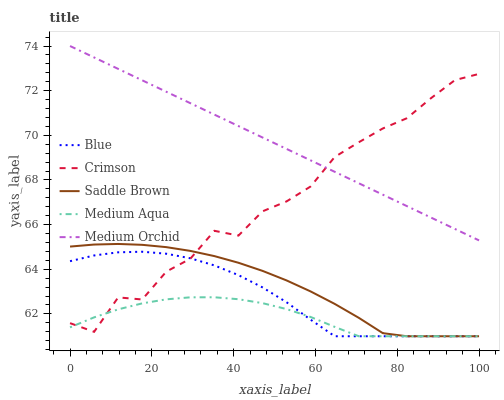
| xaxis_label | Blue | Crimson | Saddle Brown | Medium Aqua | Medium Orchid |
 | --- | --- | --- | --- | --- | --- |
 | 0 | 64.4 | 61.6 | 65 | 61.4 | 74 |
 | 5.88 | 64.6 | 61.2 | 65.1 | 61.8 | 73.5 |
 | 11.8 | 64.8 | 62.7 | 65.1 | 62.2 | 73 |
 | 17.6 | 64.8 | 62.6 | 65.1 | 62.5 | 72.5 |
 | 23.5 | 64.7 | 63.9 | 65 | 62.7 | 72 |
 | 29.4 | 64.5 | 64.5 | 64.8 | 62.7 | 71.4 |
 | 35.3 | 64.2 | 65.7 | 64.6 | 62.7 | 70.9 |
 | 41.2 | 63.7 | 65.5 | 64.3 | 62.7 | 70.4 |
 | 47.1 | 63.2 | 66.6 | 63.9 | 62.5 | 69.9 |
 | 52.9 | 62.5 | 67 | 63.5 | 62.2 | 69.4 |
 | 58.8 | 61.7 | 67.7 | 63 | 61.9 | 68.9 |
 | 64.7 | 61 | 69 | 62.4 | 61.4 | 68.4 |
 | 70.6 | 61 | 69.7 | 61.8 | 61 | 67.9 |
 | 76.5 | 61 | 70.3 | 61.1 | 61 | 67.3 |
 | 82.4 | 61 | 70.8 | 61 | 61 | 66.8 |
 | 88.2 | 61 | 71.7 | 61 | 61 | 66.3 |
 | 94.1 | 61 | 72.5 | 61 | 61 | 65.8 |
 | 100 | 61 | 72.8 | 61 | 61 | 65.3 |